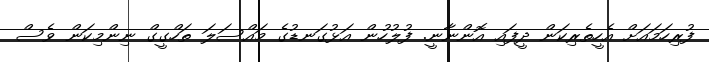
ފުރިހަމައަށް އެހީތެރިކަން ދީފައި އޮންނާނީ. ފުލުހުން އަޅުގަނޑުގެ މައްސަލަ ތަހްގީގް ނިންމިކަން ވެސް